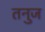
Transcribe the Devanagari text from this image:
तनुज